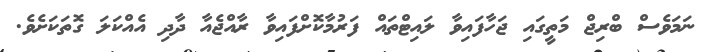
ނަމަވެސް ބްރިޖް މަތީގައި ޖަހާފައިވާ ލައިޓްތައް ފަރުމާކޮށްފައިވާ ރާއްޖެއާ ދާދި އެއްކަލަ ގޮތަކަށެވެ.